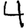
Digit: 4